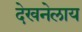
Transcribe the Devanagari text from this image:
देखनेलाय